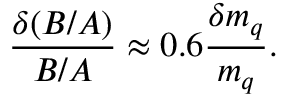
\frac { \delta ( B / A ) } { B / A } \approx 0 . 6 \frac { \delta m _ { q } } { m _ { q } } .